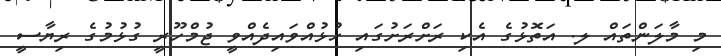
މި މާލަންތައް ލ. އަތޮޅުގެ އެކި ރަށްރަށުގައި ހުޅުއްވައިދެއްވީ ޖުމްހޫރީ ގުޅުމުގެ ރިޔާސީ